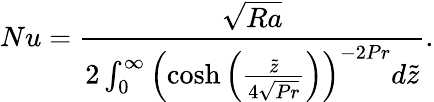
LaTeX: Nu=\frac{\sqrt{Ra}}{2\int_{0}^{\infty}\left(\cosh{\left(\frac{\tilde{z}}{4\sqrt{Pr}}\right)}\right)^{-2Pr}d\tilde{z}}.